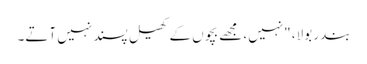
بندر بولا، "نہیں، مجھے بچوں کے کھیل پسند نہیں آتے۔